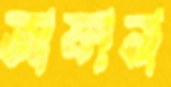
জাফানা